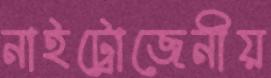
নাইট্রোজেনীয়